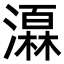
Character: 𪷩